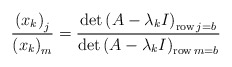
\begin{align*}\frac{\left( x_{k}\right) _{j}}{\left( x_{k}\right) _{m}}=\frac{\det\left( A-\lambda_{k}I\right) _{\operatorname{row}j=b}}{\det\left(A-\lambda_{k}I\right) _{\operatorname{row}m=b}}\end{align*}